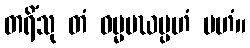
တရိံသု တံ ဓမ္မမဃပ္ပဟံ ပဟံ။